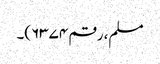
مسلم، رقم ۶۳۷۴)۔